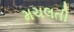
મચલતી